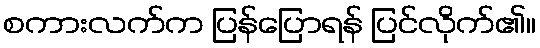
စကားလက်က ပြန်ပြောရန် ပြင်လိုက်၏။